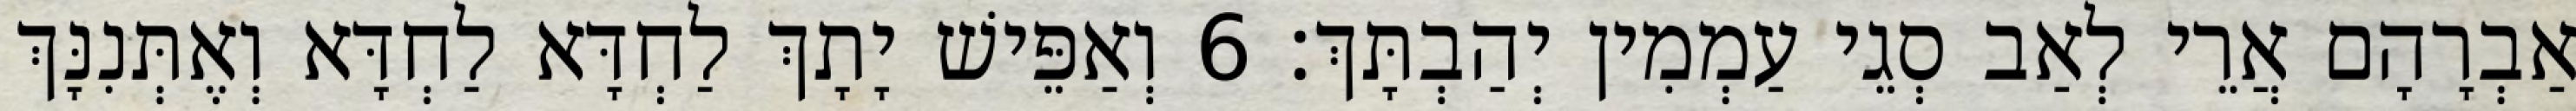
אַבְרָהָם אֲרֵי לְאַב סְגֵי עַמְמִין יְהַבְתָּךְ׃ 6 וְאַפֵּישׁ יָתָךְ לַחְדָּא לַחְדָּא וְאֶתְּנִנָּךְ